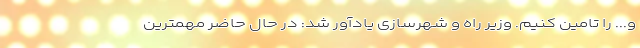
و... را تامین کنیم. وزیر راه و شهرسازی یادآور شد: در حال حاضر مهمترین